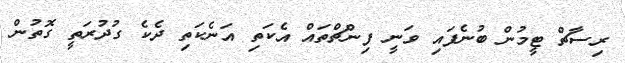
ރިސާޗް ޓީމުން ބުނެފައި ވަނީ ފިންޗްތައް އެކަތި އަނެކަތި ދެކެ ގުދުރަތީ ގޮތުން